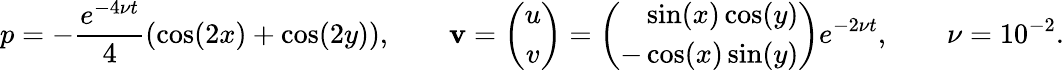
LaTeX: p=-\frac{e^{-4\nu t}}{4}\left(\cos(2x)+\cos(2y)\right),\qquad\mathbf{v}=\left(\begin{array}{c}{u}\\ {v}\end{array}\right)=\left(\begin{array}{c}{\phantom{-}\sin(x)\cos(y)}\\ {-\cos(x)\sin(y)}\end{array}\right)e^{-2\nu t},\qquad\nu=10^{-2}.